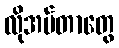
လိုအပ်တာတွေ